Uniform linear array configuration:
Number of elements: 64
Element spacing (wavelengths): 1
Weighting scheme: kaiser
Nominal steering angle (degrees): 60
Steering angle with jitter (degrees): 60.545
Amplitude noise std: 0.05
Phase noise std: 0.05

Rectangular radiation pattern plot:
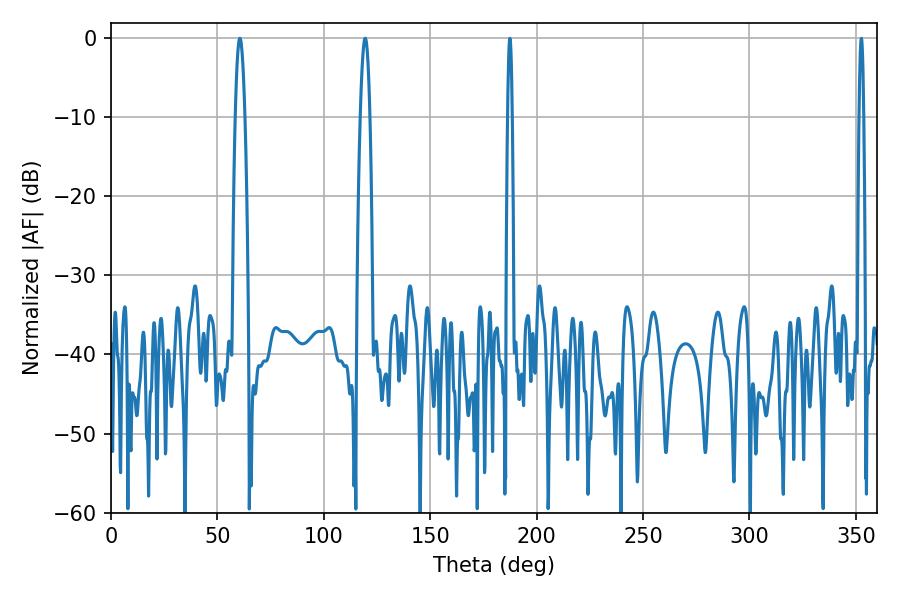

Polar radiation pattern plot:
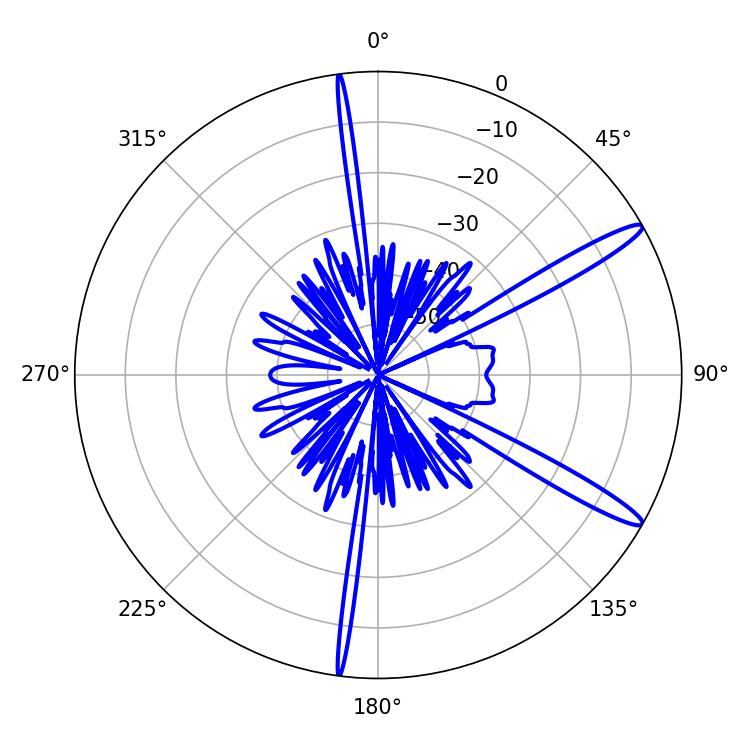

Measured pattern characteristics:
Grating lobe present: TRUE
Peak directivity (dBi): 14.151
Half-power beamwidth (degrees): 2.34
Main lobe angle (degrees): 60.48